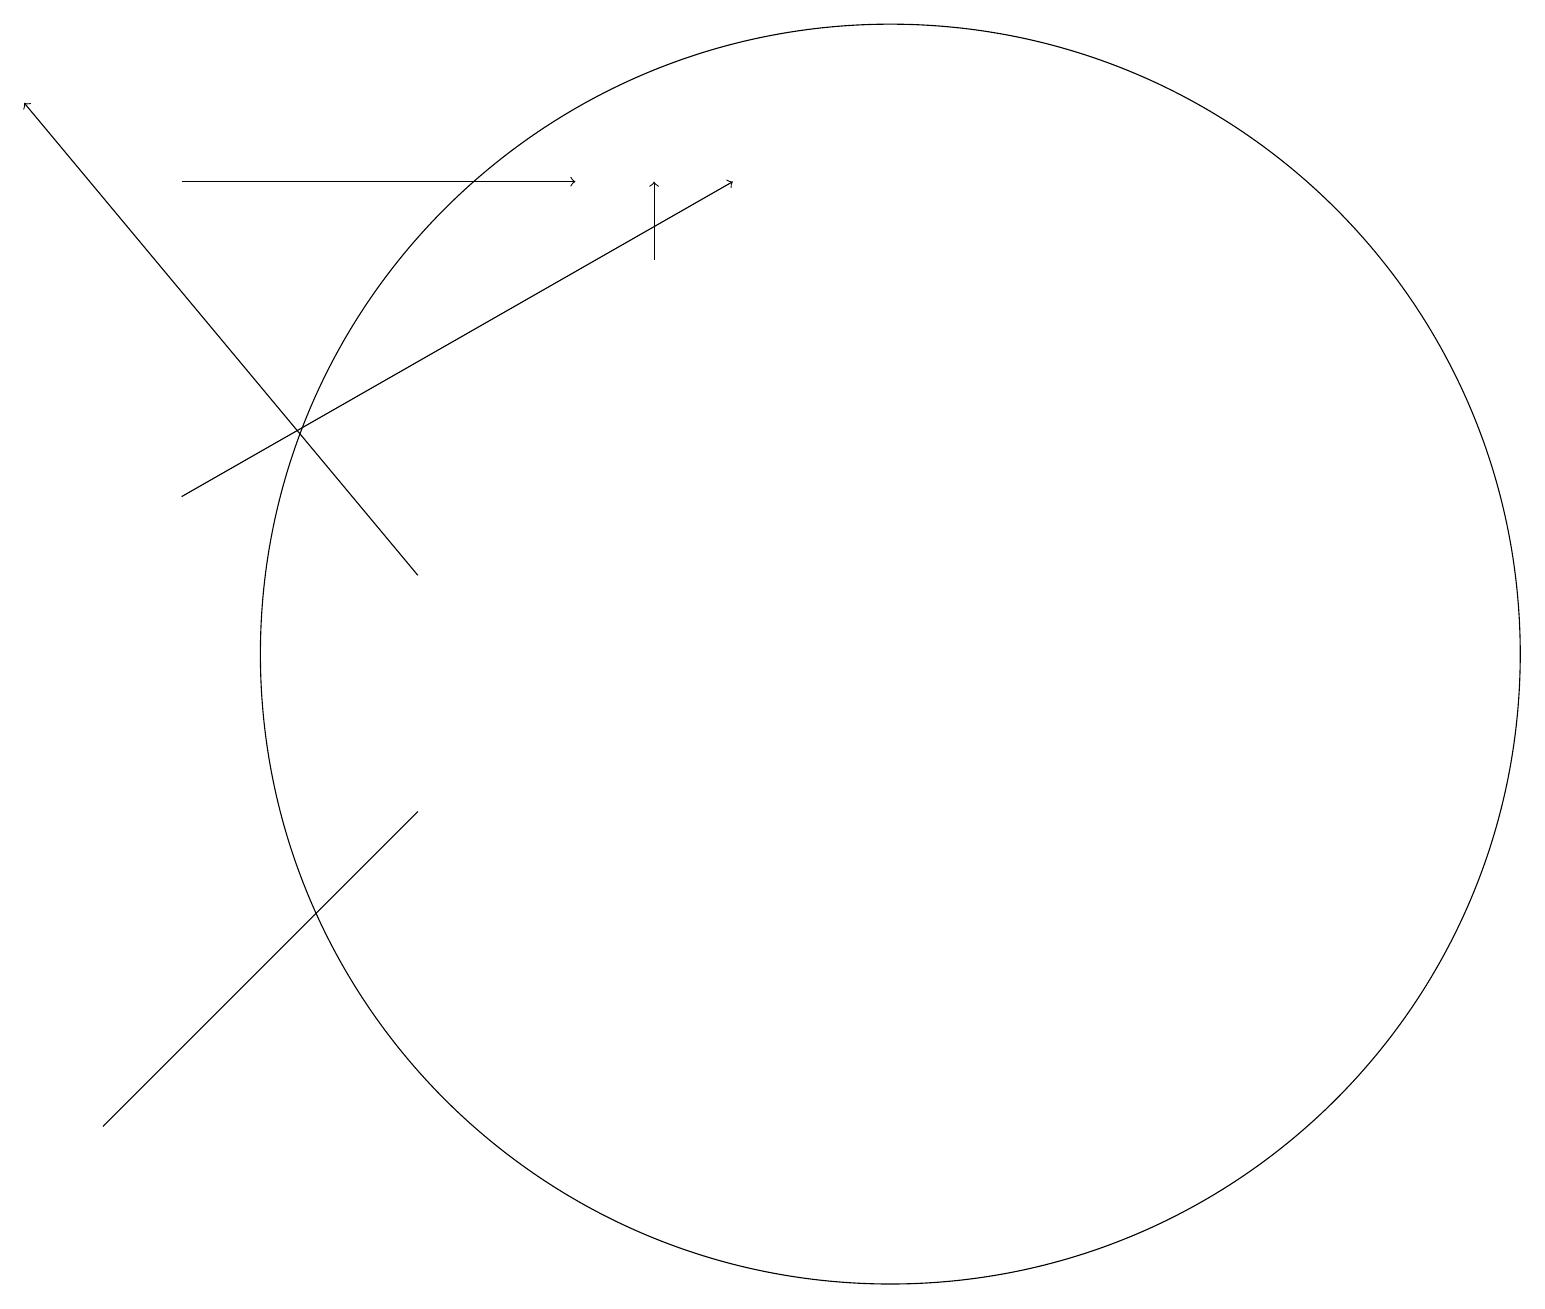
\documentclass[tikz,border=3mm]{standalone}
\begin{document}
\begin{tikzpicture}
\draw[->] (2,12) -- (9,16);
\draw (11,10) circle (8);
\draw[->] (5,11) -- (0,17);
\draw[->] (8,15) -- (8,16);
\draw[->] (2,16) -- (7,16);
\draw (5,8) -- (3,6) -- (1,4) -- cycle;
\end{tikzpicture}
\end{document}